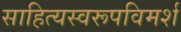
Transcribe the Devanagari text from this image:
साहित्यस्वरूपविमर्श